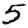
Digit: 5